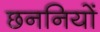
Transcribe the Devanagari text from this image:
छननियों